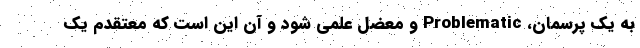
به یک پرسمان، Problematic و معضل علمی شود و آن این است که معتقدم یک